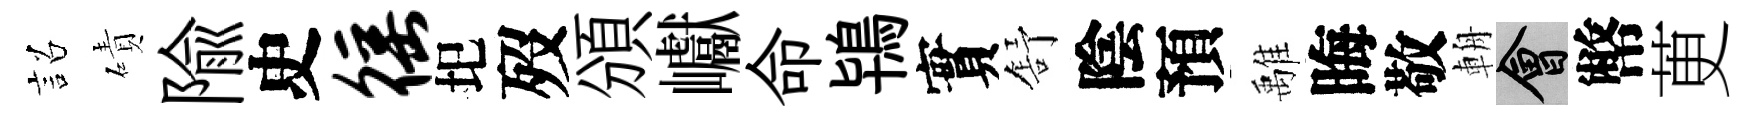
詔磧隃史徭圯歿頒巘命鴇實舒陰預𩀌晦敬輈會幣茰